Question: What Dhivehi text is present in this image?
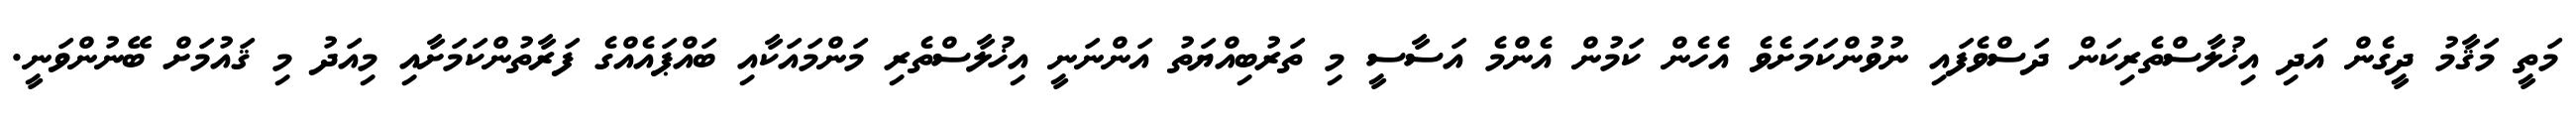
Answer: މަތީ މަޤާމު ދީގެން އަދި އިޚުލާސްތެރިކަން ދަސްވެފައި ނުވުންކަމަށެވެ އެހެން ކަމުން އެންމެ އަސާސީ މި ތަރުބިއްޔަތު އަންނަނީ އިޚުލާސްތެރި މަންމައަކާއި ބައްޕައެއްގެ ފަރާތުންކަމަށާއި މިއަދު މި ޤައުމަށް ބޭނުންވަނީ.